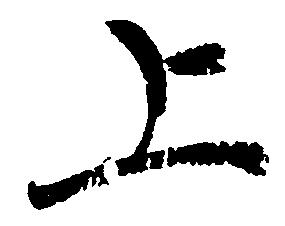
上